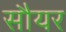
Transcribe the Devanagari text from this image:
सौयर